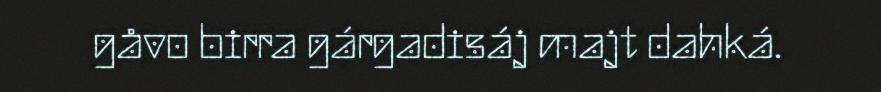
gåvo birra gárgadisáj majt dahká.